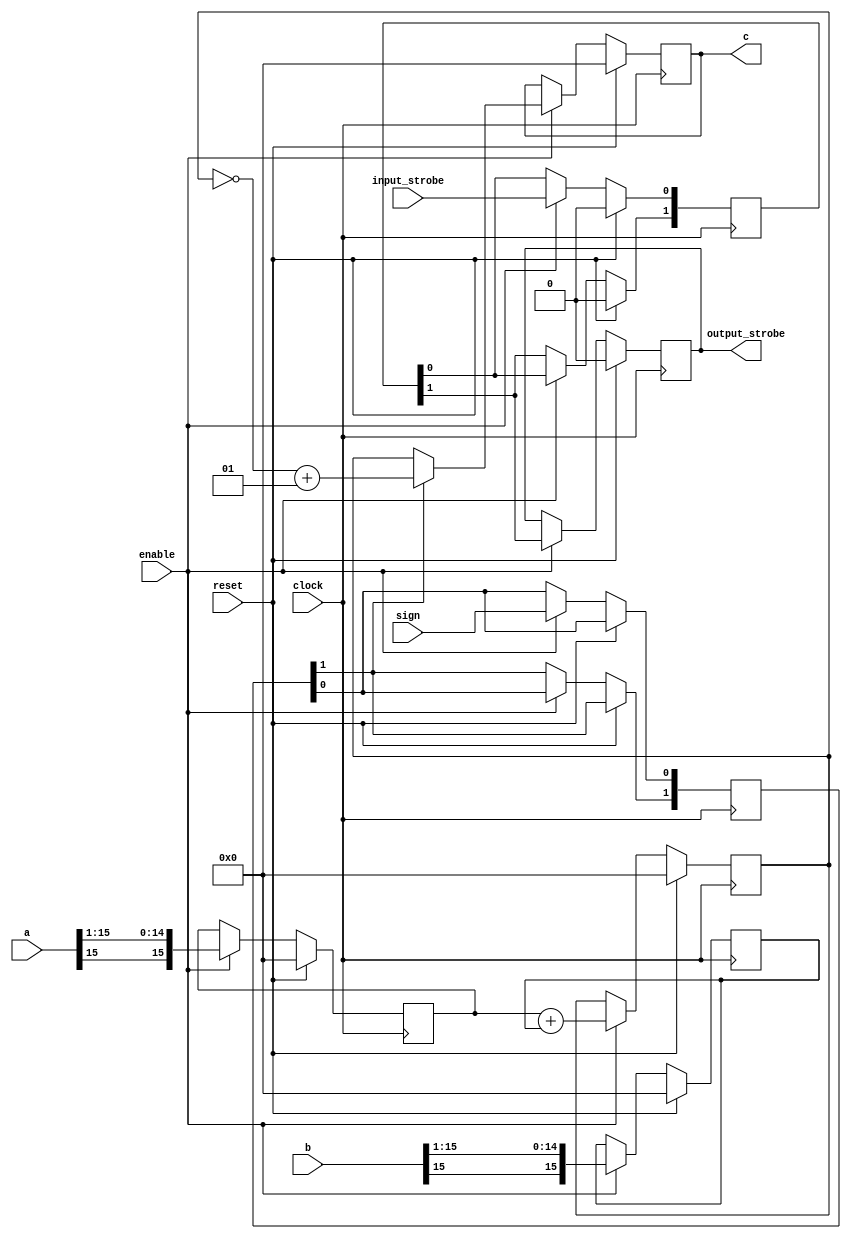
module calc_mean
(
    input clock,
    input enable,
    input reset,

    input signed [15:0] a,
    input signed [15:0] b,
    input sign,
    input input_strobe,

    output reg signed [15:0] c,
    output reg output_strobe
);

reg signed [15:0] aa;
reg signed [15:0] bb;
reg signed [15:0] cc;

reg [1:0] delay;
reg [1:0] sign_stage;

always @(posedge clock) begin
    if (reset) begin
        aa <= 0;
        bb <= 0;
        cc <= 0;
        c <= 0;
        output_strobe <= 0;
        delay <= 0;
    end else if (enable) begin
        delay[0] <= input_strobe;
        delay[1] <= delay[0];
        output_strobe <= delay[1];
        sign_stage[1] <= sign_stage[0];
        sign_stage[0] <= sign;

        aa <= a>>>1;
        bb <= b>>>1;
        cc <= aa + bb;
        c <= sign_stage[1]? ~cc+1: cc;
    end
end

endmodule